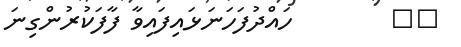
١٢        ހައްދުފަހަނަޅައިފައިވާ ފާފަކުރުންގިނަ